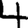
Digit: 4